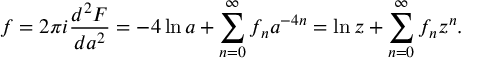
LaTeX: f = 2 \pi i \frac { d ^ { 2 } F } { d a ^ { 2 } } = - 4 \ln a + \sum _ { n = 0 } ^ { \infty } f _ { n } a ^ { - 4 n } = \ln z + \sum _ { n = 0 } ^ { \infty } f _ { n } z ^ { n } .